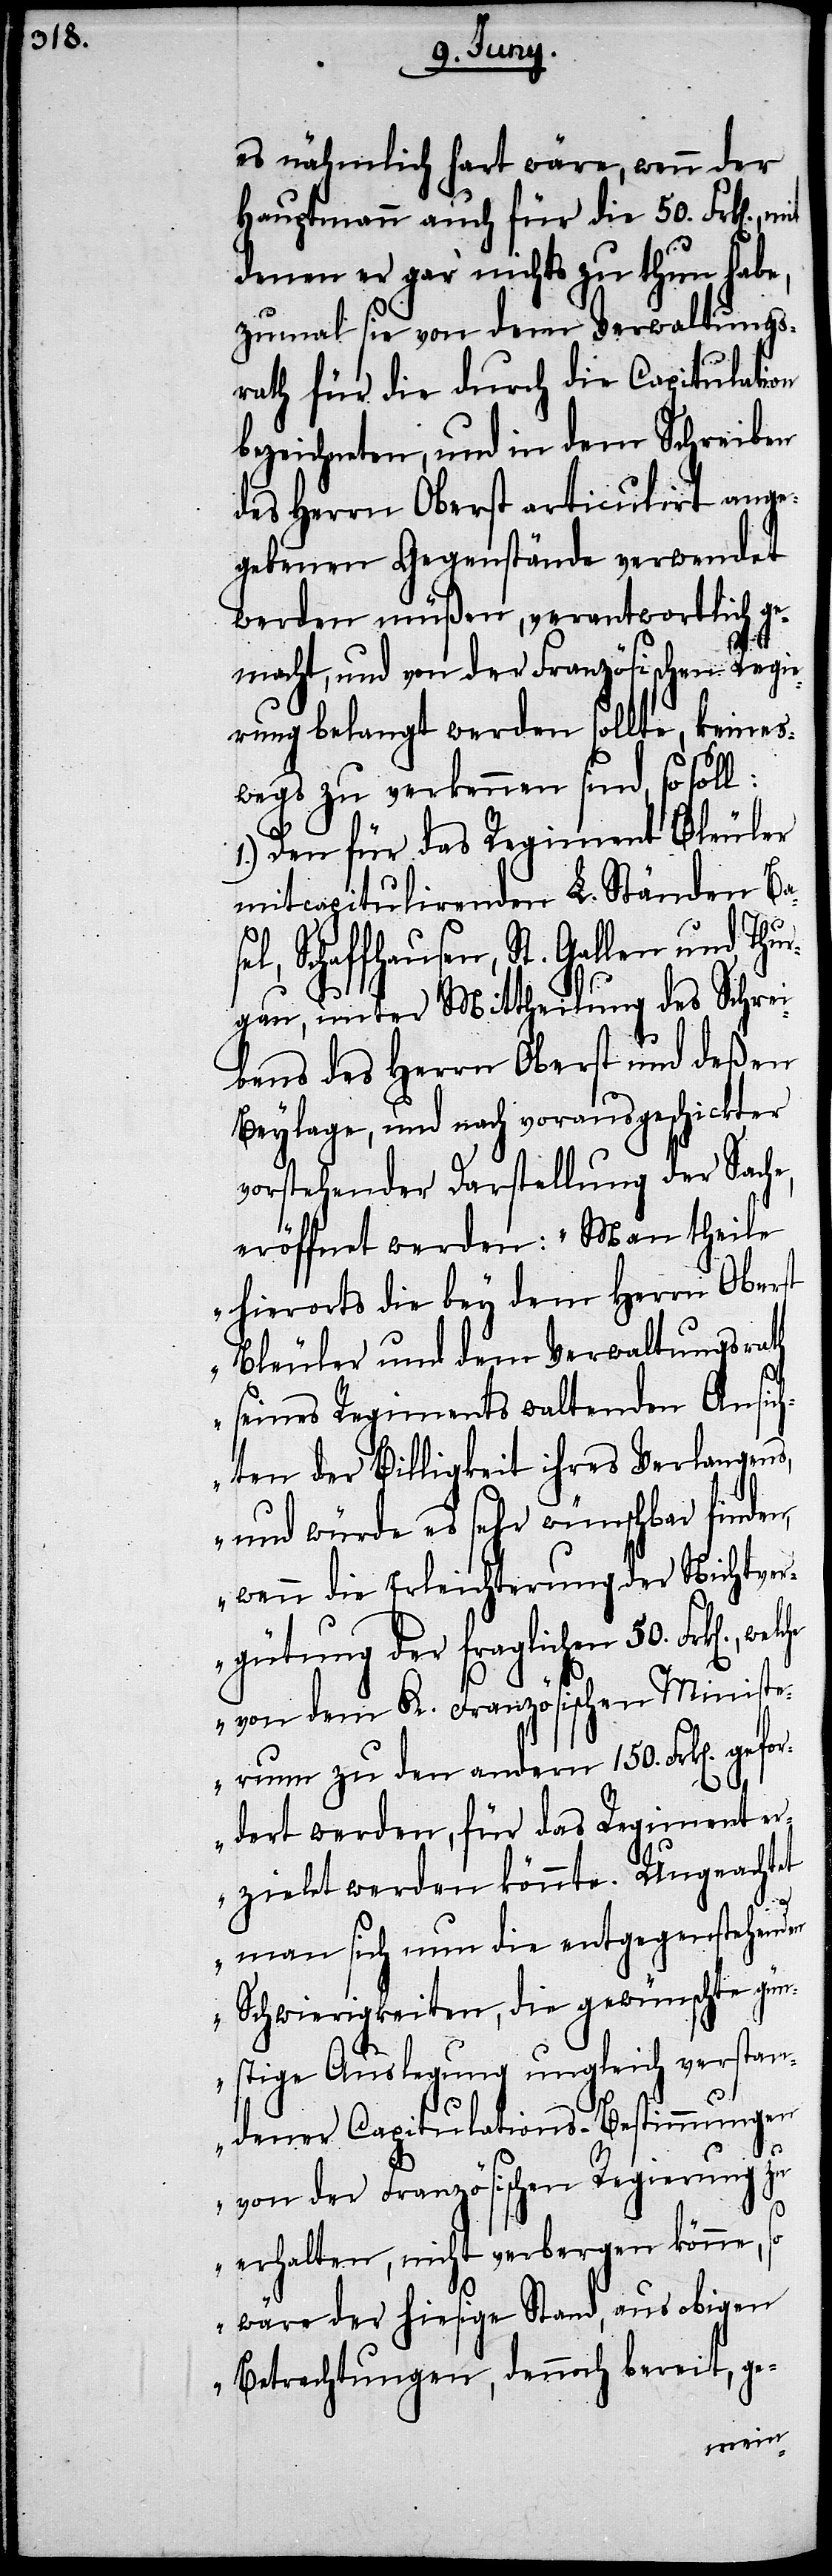
es nähmlich hart wäre, wenn der
Hauptmann auch für die 50. Frk[en].,
denen er gar nichts zu thun habe,
zumal sie von dem Verwaltungs¬
rath für die durch die Capitulation
bezeichneten, und in dem Schreiben
des Herrn Oberst articulirt ange¬
gebenen Gegenstände verwendet
werden müßen, verantwortlich ge¬
macht, und von der Französischen Regi¬
erung belangt werden sollte, keines¬
wegs zu verkennen sind, so soll:
1.) Den für das Regiment Bleuler
mitcapitulirten L. Ständen Bas¬
el, Schaffhausen, St. Gallen und Thur¬
gau, unter Mittheilung des Schrei¬
bens des Herrn Oberst und deßen
Beylage, und nach vorausgeschickter
vorstehender Darstellung der Sache,
eröffnet werden: „Man theile
hierorts die bey dem Herrn Oberst
Bleuler und dem Verwaltungsrath
seines Regiments waltenden Ansic¬
hten der Billigkeit ihres Verlangens,
und würde es sehr wünschbar finden,
wenn die Erleichterung der Nichtver¬
gütung der fraglichen 50.
von dem K. Französischen Ministe¬
[sic!] zu den andern 150. Frk[en]. gef¬
ordert werden, für das Regiment er¬
zieht werden könnte. Ungeachtet
man sich nun die entgegenstehenden
Schwierigkeiten, die gewünschte gün¬
stige Auslegung ungleich verstan¬
dener Capitulations-Bestimmungen
rum
von der Französischen Regierung zu
erhalten, nicht verbergen könne, so
wäre der hiesige Stand, aus obigen
Betrachtungen, dennoch bereit, ge-